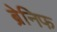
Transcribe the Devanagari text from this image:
ब्रेनिफ